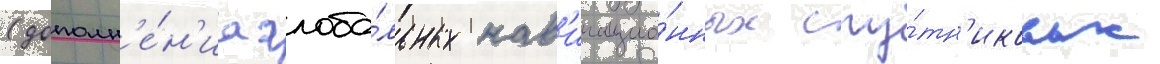
(дополн'е́н'иа глоба́льных нав'игацио́нных спу́тн'иковых